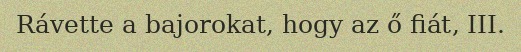
Rávette a bajorokat, hogy az ő fiát, III.